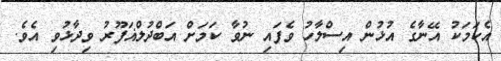
އެކަމަކު އޭނާގެ އުޅުން އިސްލާހު ވެފައި ނުވާ ކަމަށް އަބްދުލްޣަފޫރު ވިދާޅުވި އެވެ.